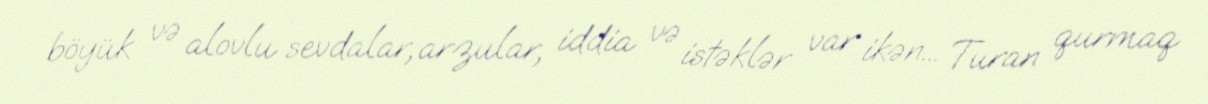
böyük və alovlu sevdalar, arzular, iddia və istəklər var ikən... Turan qurmaq